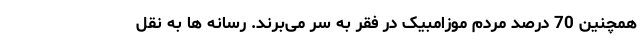
همچنین 70 درصد مردم موزامبیک در فقر به سر می‌برند. رسانه ها به نقل